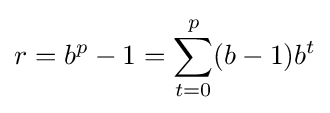
r=b^{p}-1=\sum _{t=0}^{p}(b-1)b^{t}